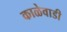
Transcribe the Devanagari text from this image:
काळेवाडी